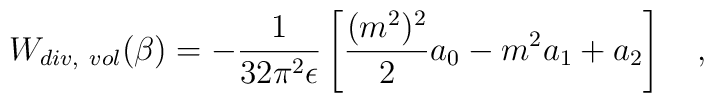
W_{div,~vol}(\beta)=-{1 \over 32\pi ^2\epsilon}\left[{(m^2)^2 \over 2}a_0-m^2 a_1+a_2\right]~~~,